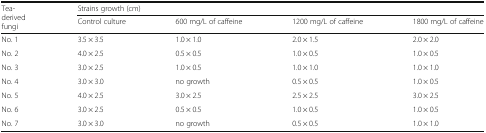
<table><thead><tr><td rowspan="2"><b>Tea-derived fungi</b></td><td colspan="4"><b>Strains growth (cm)</b></td></tr><tr><td><b>Control culture</b></td><td><b>600 mg/L of caffeine</b></td><td><b>1200 mg/L of caffeine</b></td><td><b>1800 mg/L of caffeine</b></td></tr></thead><tbody><tr><td>No. 1</td><td>3.5 × 3.5</td><td>1.0 × 1.0</td><td>2.0 × 1.5</td><td>2.0 × 2.0</td></tr><tr><td>No. 2</td><td>4.0 × 2.5</td><td>0.5 × 0.5</td><td>1.0 × 0.5</td><td>1.0 × 0.5</td></tr><tr><td>No. 3</td><td>3.0 × 2.5</td><td>1.0 × 0.5</td><td>1.0 × 1.0</td><td>1.0 × 1.0</td></tr><tr><td>No. 4</td><td>3.0 × 3.0</td><td>no growth</td><td>0.5 × 0.5</td><td>1.0 × 0.5</td></tr><tr><td>No. 5</td><td>4.0 × 2.5</td><td>3.0 × 2.5</td><td>2.5 × 2.5</td><td>3.0 × 2.5</td></tr><tr><td>No. 6</td><td>3.0 × 2.5</td><td>0.5 × 0.5</td><td>1.0 × 0.5</td><td>1.0 × 0.5</td></tr><tr><td>No. 7</td><td>3.0 × 3.0</td><td>no growth</td><td>0.5 × 0.5</td><td>1.0 × 1.0</td></tr></tbody></table>